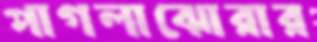
পাগলাঝোরার